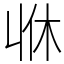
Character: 𠁫